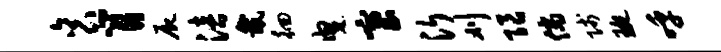
衮肖尸涪畿徊曳塞沂刈限倘贱琬呼